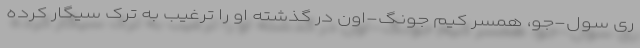
ری سول-جو، همسر کیم جونگ-اون در گذشته او را ترغیب به ترک سیگار کرده